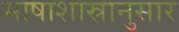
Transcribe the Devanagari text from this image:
भाषाशास्रानुसार